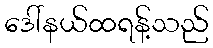
ဒေါ်နယ်ထရန့်သည်